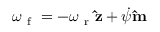
\boldsymbol { \omega } _ { \mathrm { ~ f ~ } } = - \omega _ { \mathrm { ~ r ~ } } \mathbf { \hat { z } } + \dot { \psi } \mathbf { \hat { m } }